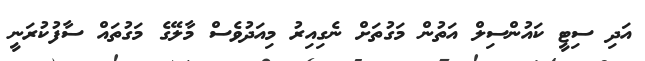
އަދި ސިޓީ ކައުންސިލް އަތުން މަގުތަށް ނެގިއިރު މިއަދުވެސް މާލޭގެ މަގުތައް ސާފުކުރަނީ